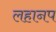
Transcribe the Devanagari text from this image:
लहानप